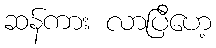
ဆန်ကား လာပြီဟေ့